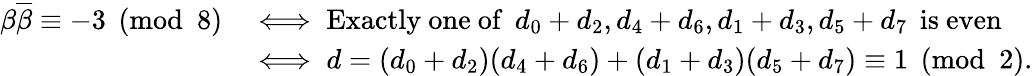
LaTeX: \begin{array}{rl}{\beta\overline{{\beta}}\equiv-3\pmod{8}}&{\iff\mathrm{Exactly~one~of}\: \: d_{0}+d_{2},d_{4}+d_{6},d_{1}+d_{3},d_{5}+d_{7}\: \: \mathrm{is~even}}\\ &{\iff d=(d_{0}+d_{2})(d_{4}+d_{6})+(d_{1}+d_{3})(d_{5}+d_{7})\equiv 1\pmod{2}.}\end{array}